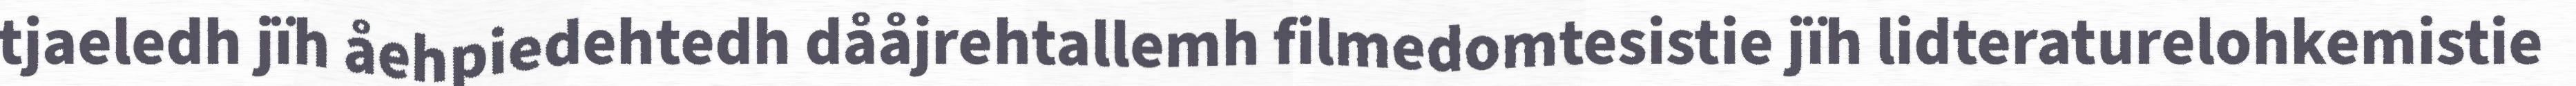
tjaeledh jïh åehpiedehtedh dååjrehtallemh filmedomtesistie jïh lidteraturelohkemistie